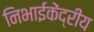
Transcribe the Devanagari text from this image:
निभाईकेंद्रीय